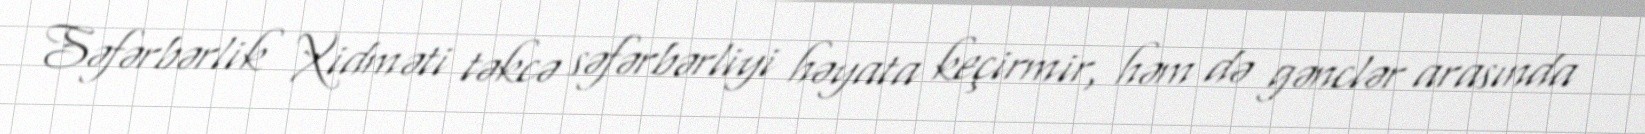
Səfərbərlik Xidməti təkcə səfərbərliyi həyata keçirmir, həm də gənclər arasında